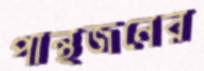
পান্থজনের